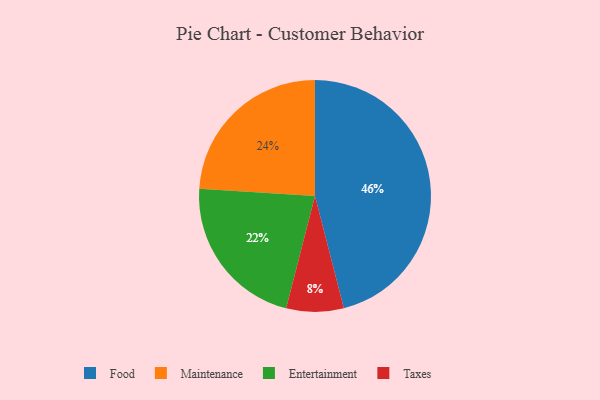
{"axis": {"x": "Category", "y": "Percentage"}, "legend": ["Entertainment", "Food", "Maintenance", "Taxes"], "data": [{"x": "Food", "y": 46, "type": "Food"}, {"x": "Maintenance", "y": 24, "type": "Maintenance"}, {"x": "Taxes", "y": 8, "type": "Taxes"}, {"x": "Entertainment", "y": 22, "type": "Entertainment"}]}